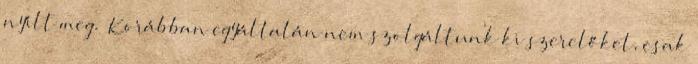
nyílt meg. „Korábban egyáltalán nem szolgáltunk ki szerelőket, csak